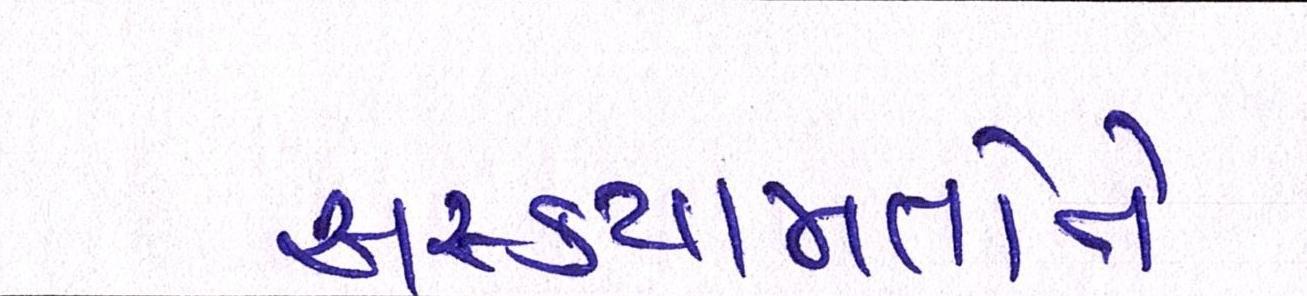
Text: અસ્કયામતોને